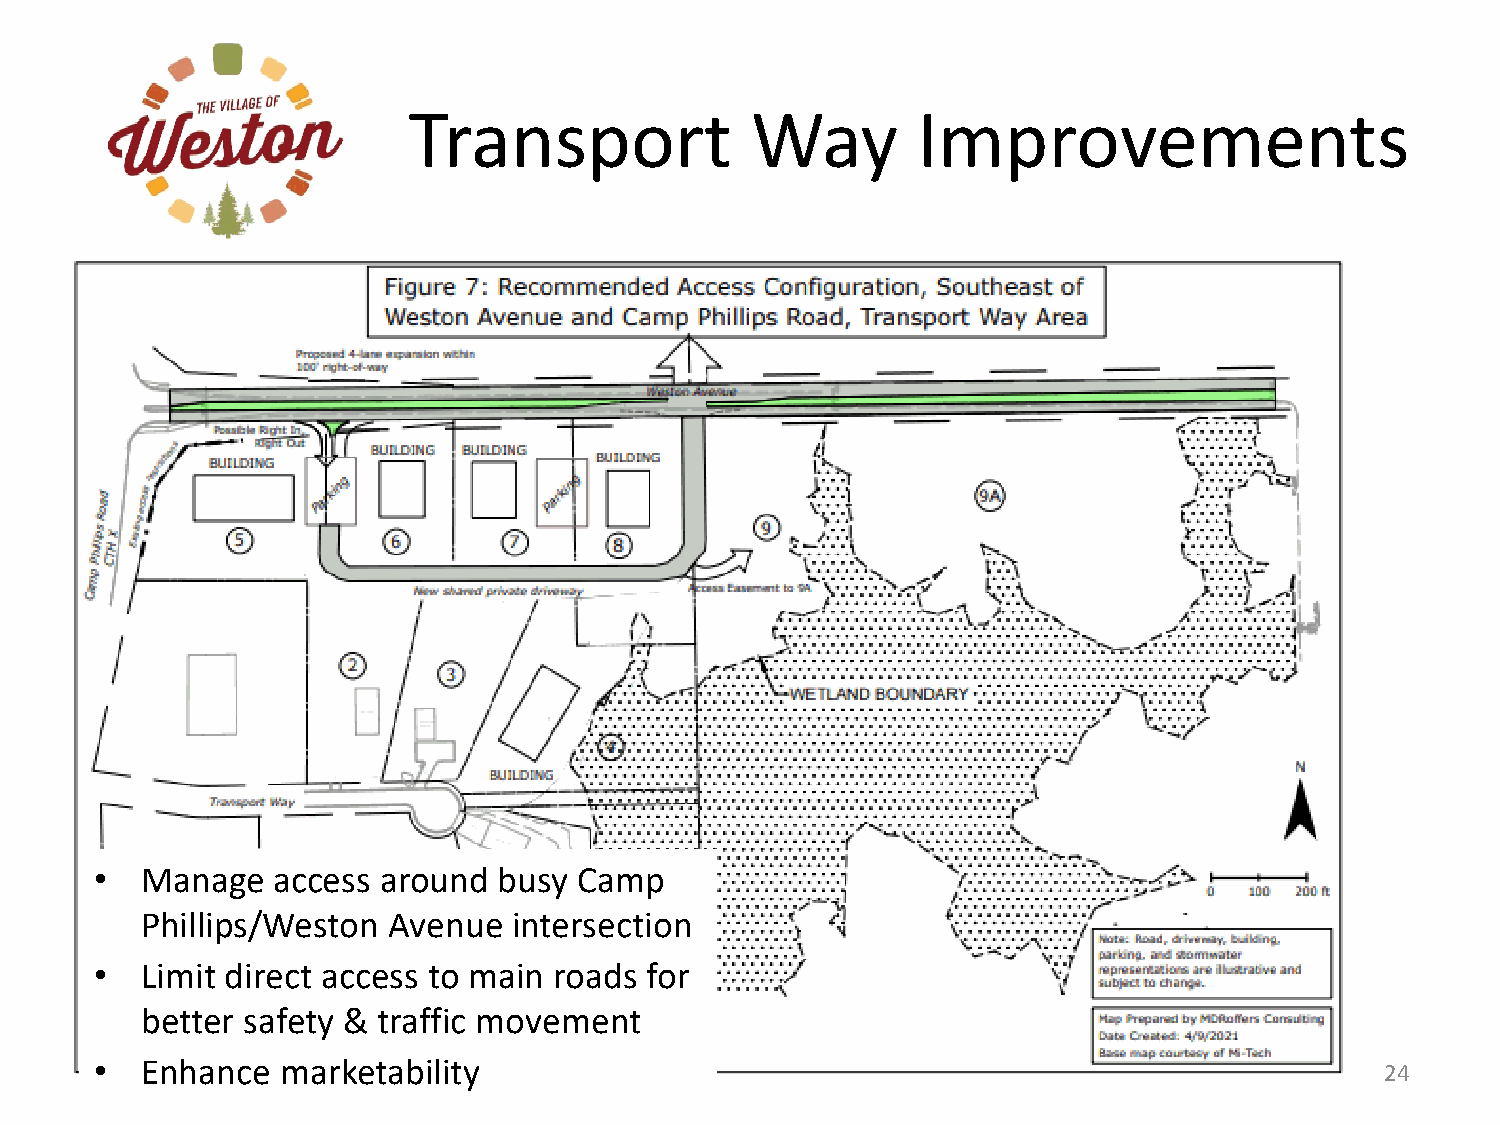
Transport              Way        Improvements
 Weston  Ave
 Transport Way
 •  Manage   access around  busy Camp
 Phillips/Weston  Avenue  intersection
 •  Limit direct access to main roads for
 better safety & traffic movement
 •  Enhance   marketability                                                            24